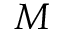
M